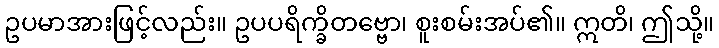
ဥပမာအားဖြင့်လည်း။ ဥပပရိက္ခိတဗ္ဗော၊ စူးစမ်းအပ်၏။ ဣတိ၊ ဤသို့။